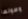
وصولها